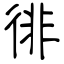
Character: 徘